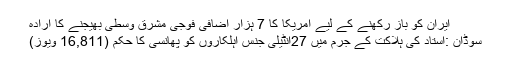
ایران کو باز رکھنے کے لیے امریکا کا 7 ہزار اضافی فوجی مشرق وسطی بھیجنے کا ارادہ
سوڈان :استاد کی ہلاکت کے جُرم میں 27انٹیلی جنس اہلکاروں کو پھانسی کا حکم (16,811 ویوز)